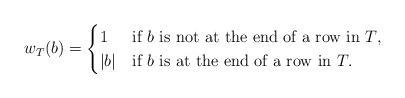
LaTeX: \begin{align*}w_T(b)=\begin{cases} 1 & \mbox{if $b$ is not at the end of a row in $T$,} \\ |b| &\mbox{if $b$ is at the end of a row in $T$.} \end{cases}\end{align*}